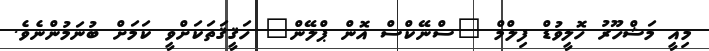
މިއީ މަޝްހޫރު ހޮލީވުޑް ފިލްމް "ސްނޭކްސް އޮން ޕްލޭން" ހަޤީޤަތަކަށްވީ ކަމަށް ބުނަމުންނެވެ.